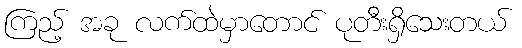
ကြည့် အခု လက်ထဲမှာတောင် ပုတီးရှိသေးတယ်